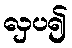
လှပ၍